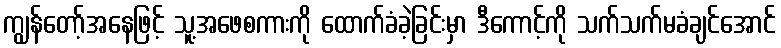
ကျွန်တော့်အနေဖြင့် သူ့အဖေစကားကို ထောက်ခံခဲ့ခြင်းမှာ ဒီကောင့်ကို သက်သက်မခံချင်အောင်